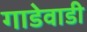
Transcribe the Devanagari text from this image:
गाडेवाडी